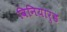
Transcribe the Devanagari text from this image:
विनियार्ड